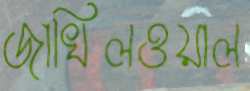
জাখিলওয়াল